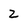
Character: Z